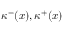
\kappa ^ { - } ( x ) , \kappa ^ { + } ( x )